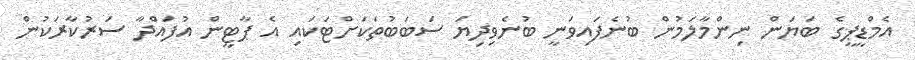
އެމްޑީޕީގެ ބަޔަން ނިންމާލަމުން ބުނެފައިވަނީ ބުނެވިދިޔަ ސަބަބުތަކަށްޓަކައި އެ ޕާޓީން އުފައްދާ ސަރުކާރަކުން